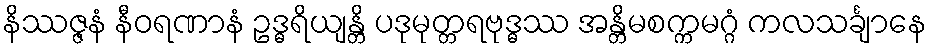
နိဿဇ္ဇနံ နီဝရဏာနံ ဥဒ္ဓရိယျန္တိ ပဒုမုတ္တရဗုဒ္ဓဿ အန္တိမစက္ကမဂ္ဂံ ကလသင်္ချာနေ